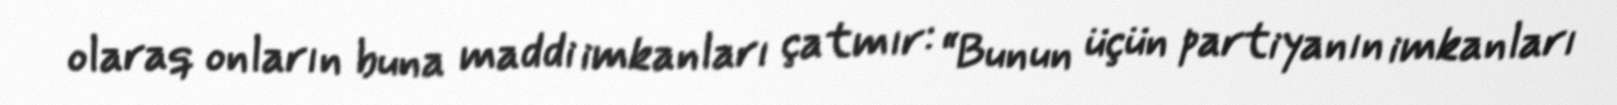
olaraq onların buna maddi imkanları çatmır: “Bunun üçün partiyanın imkanları